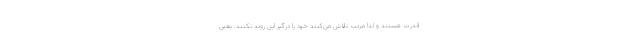
قدرت هستند و لذا مرتب تلاش می‌کنند خود را درگیر این روند نکنند. یعنی